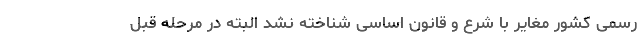
رسمی کشور مغایر با شرع و قانون اساسی شناخته نشد البته در مرحله قبل